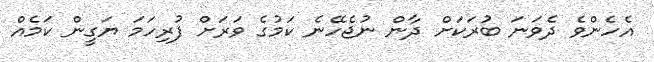
އެހެންވެ ދެވަނަ ބުރަކަށް ދާން ނުޖެހޭނެ ކަމުގެ ވަރަށް ފުރިހަމަ ޔަގީން ކަމެއް